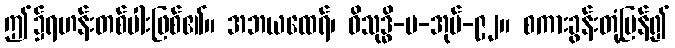
ဤ၌ရဟန်းတစ်ပါးဖြစ်၏။ အဘယထေရ်၊ ဝိသုဒ္ဓိ-ပ-အုပ်-၉၂။ စကားခွန်းတုံ့ပြန်၍